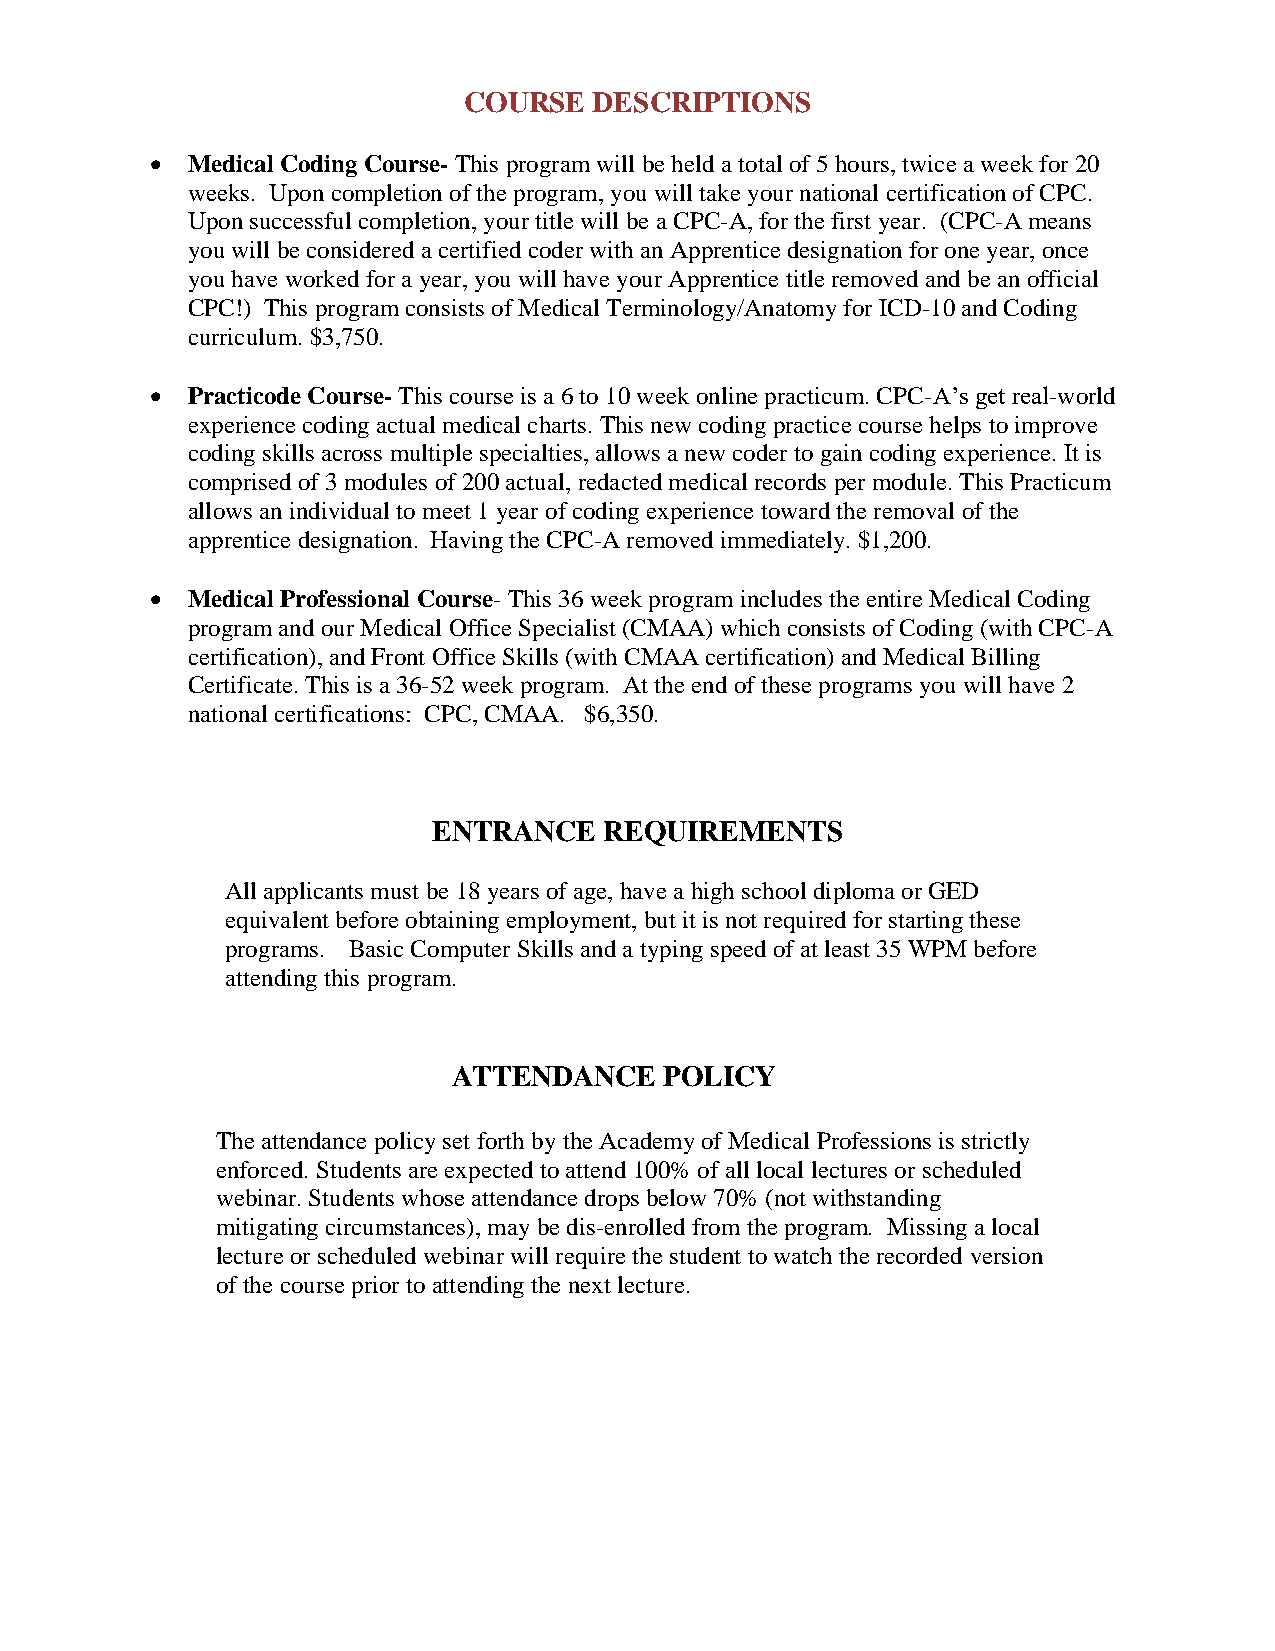
COURSE  DESCRIPTIONS
 • Medical Coding Course- This program will be held a total of 5 hours, twice a week for 20
 weeks. Upon completion of the program, you will take your national certification of CPC.
 Upon successful completion, your title will be a CPC-A, for the first year. (CPC-A means
 you will be considered a certified coder with an Apprentice designation for one year, once
 you have worked for a year, you will have your Apprentice title removed and be an official
 CPC!) This program consists of Medical Terminology/Anatomy for ICD-10 and Coding
 curriculum. $3,750.
 • Practicode Course- This course is a 6 to 10 week online practicum. CPC-A’s get real-world
 experience coding actual medical charts. This new coding practice course helps to improve
 coding skills across multiple specialties, allows a new coder to gain coding experience. It is
 comprised of 3 modules of 200 actual, redacted medical records per module. This Practicum
 allows an individual to meet 1 year of coding experience toward the removal of the
 apprentice designation. Having the CPC-A removed immediately. $1,200.
 • Medical Professional Course- This 36 week program includes the entire Medical Coding
 program and our Medical Office Specialist (CMAA) which consists of Coding (with CPC-A
 certification), and Front Office Skills (with CMAA certification) and Medical Billing
 Certificate. This is a 36-52 week program. At the end of these programs you will have 2
 national certifications: CPC, CMAA. $6,350.
 ENTRANCE   REQUIREMENTS
 All applicants must be 18 years of age, have a high school diploma or GED
 equivalent before obtaining employment, but it is not required for starting these
 programs. Basic Computer Skills and a typing speed of at least 35 WPM before
 attending this program.
 ATTENDANCE    POLICY
 The attendance policy set forth by the Academy of Medical Professions is strictly
 enforced. Students are expected to attend 100% of all local lectures or scheduled
 webinar. Students whose attendance drops below 70% (not withstanding
 mitigating circumstances), may be dis-enrolled from the program. Missing a local
 lecture or scheduled webinar will require the student to watch the recorded version
 of the course prior to attending the next lecture.